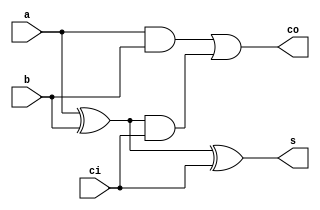
/*
   This file was generated automatically by Alchitry Labs version 1.2.7.
   Do not edit this file directly. Instead edit the original Lucid source.
   This is a temporary file and any changes made to it will be destroyed.
*/

module fa_35 (
    input a,
    input b,
    input ci,
    output reg co,
    output reg s
  );
  
  
  
  always @* begin
    s = a ^ b ^ ci;
    co = (a & b) | ((a ^ b) & ci);
  end
endmodule